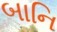
બાનિ